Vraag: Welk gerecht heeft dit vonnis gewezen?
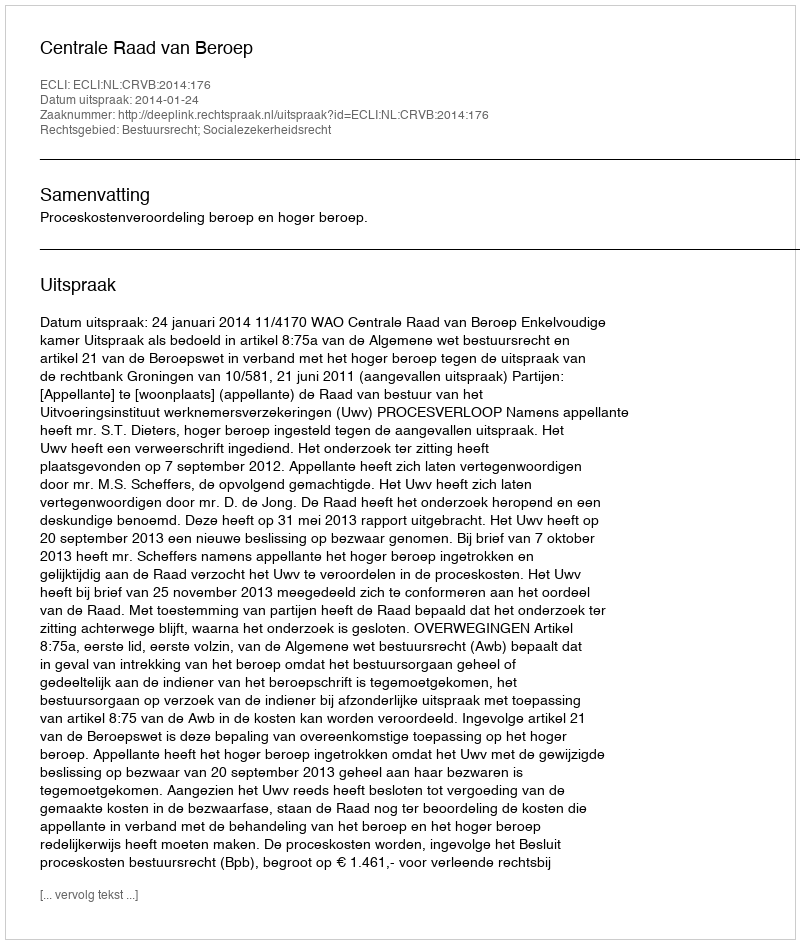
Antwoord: Centrale Raad van Beroep